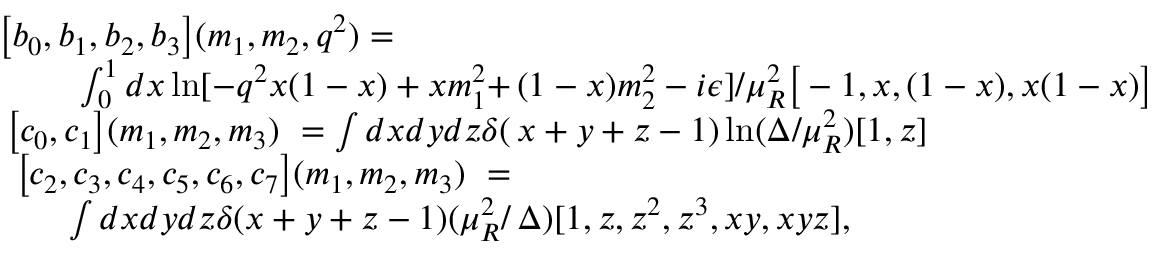
\begin{array} { r l } { { \big [ b _ { 0 } , b _ { 1 } , b _ { 2 } , b _ { 3 } \big ] ( m _ { 1 } , m _ { 2 } , q ^ { 2 } ) = \ \ \ \ \ \ \ \ \ \ } } & { { } } \\ { { \int _ { 0 } ^ { 1 } d x \ln [ - q ^ { 2 } x ( 1 - x ) + x m _ { 1 } ^ { 2 } + } } & { { \! \! \! \! \! ( 1 - x ) m _ { 2 } ^ { 2 } - i \epsilon ] / \mu _ { R } ^ { 2 } \big [ - 1 , x , ( 1 - x ) , x ( 1 - x ) \big ] } } \\ { { \big [ c _ { 0 } , c _ { 1 } \big ] ( m _ { 1 } , m _ { 2 } , m _ { 3 } ) \ = \int d x d y d z \delta ( } } & { { \! \! \! \! \! x + y + z - 1 ) \ln ( \Delta / \mu _ { R } ^ { 2 } ) [ 1 , z ] } } \\ { { \big [ c _ { 2 } , c _ { 3 } , c _ { 4 } , c _ { 5 } , c _ { 6 } , c _ { 7 } \big ] ( m _ { 1 } , m _ { 2 } , m _ { 3 } ) \ = } } & { { } } \\ { { \int d x d y d z \delta ( x + y + z - 1 ) ( \mu _ { R } ^ { 2 } / } } & { { \! \! \! \! \! \Delta ) [ 1 , z , z ^ { 2 } , z ^ { 3 } , x y , x y z ] , } } \end{array}